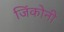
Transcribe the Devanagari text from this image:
जिंकोनी